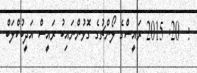
:  20